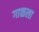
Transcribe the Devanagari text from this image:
गाळला